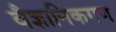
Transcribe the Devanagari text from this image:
वैज्ञानिकगण